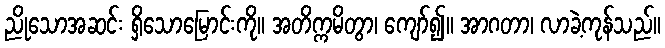
ညိုသောအဆင်း ရှိသောမြောင်းကို။ အတိက္ကမိတွာ၊ ကျော်၍။ အာဂတာ၊ လာခဲ့ကုန်သည်။